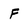
Character: F